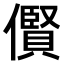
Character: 𫣴